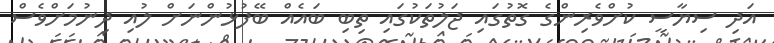
އަދި ސިޔާސީ ކުށްވެރިންގެ ގޮތުގައި ޖަލުތަކުގައި ތިިބި ބައެއް ބޭފުޅުންނަށް ލުއި ދިނުމަށްވެސް